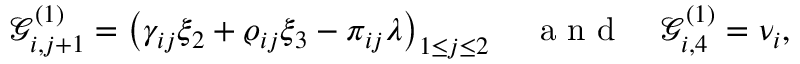
\mathcal { G } _ { i , j + 1 } ^ { ( 1 ) } = \left( \gamma _ { i j } \xi _ { 2 } + \varrho _ { i j } \xi _ { 3 } - \pi _ { i j } \lambda \right) _ { 1 \leq j \leq 2 } \quad \mathrm { ~ a ~ n ~ d ~ } \quad \mathcal { G } _ { i , 4 } ^ { ( 1 ) } = \nu _ { i } ,